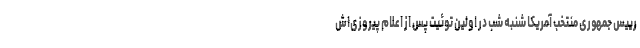
رییس جمهوری منتخب آمریکا شنبه شب در اولین توئیت پس از اعلام پیروزی‌اش